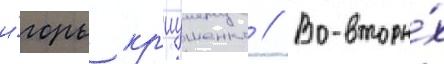
и́горь кр'иушенко // Во-вторы́х